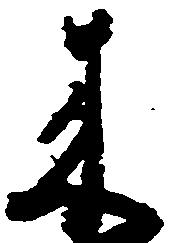
来